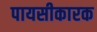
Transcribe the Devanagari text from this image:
पायसीकारक